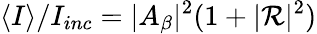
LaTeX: \langle I\rangle/I_{inc}=|A_{\beta}|^{2}(1+|{\cal R}|^{2})